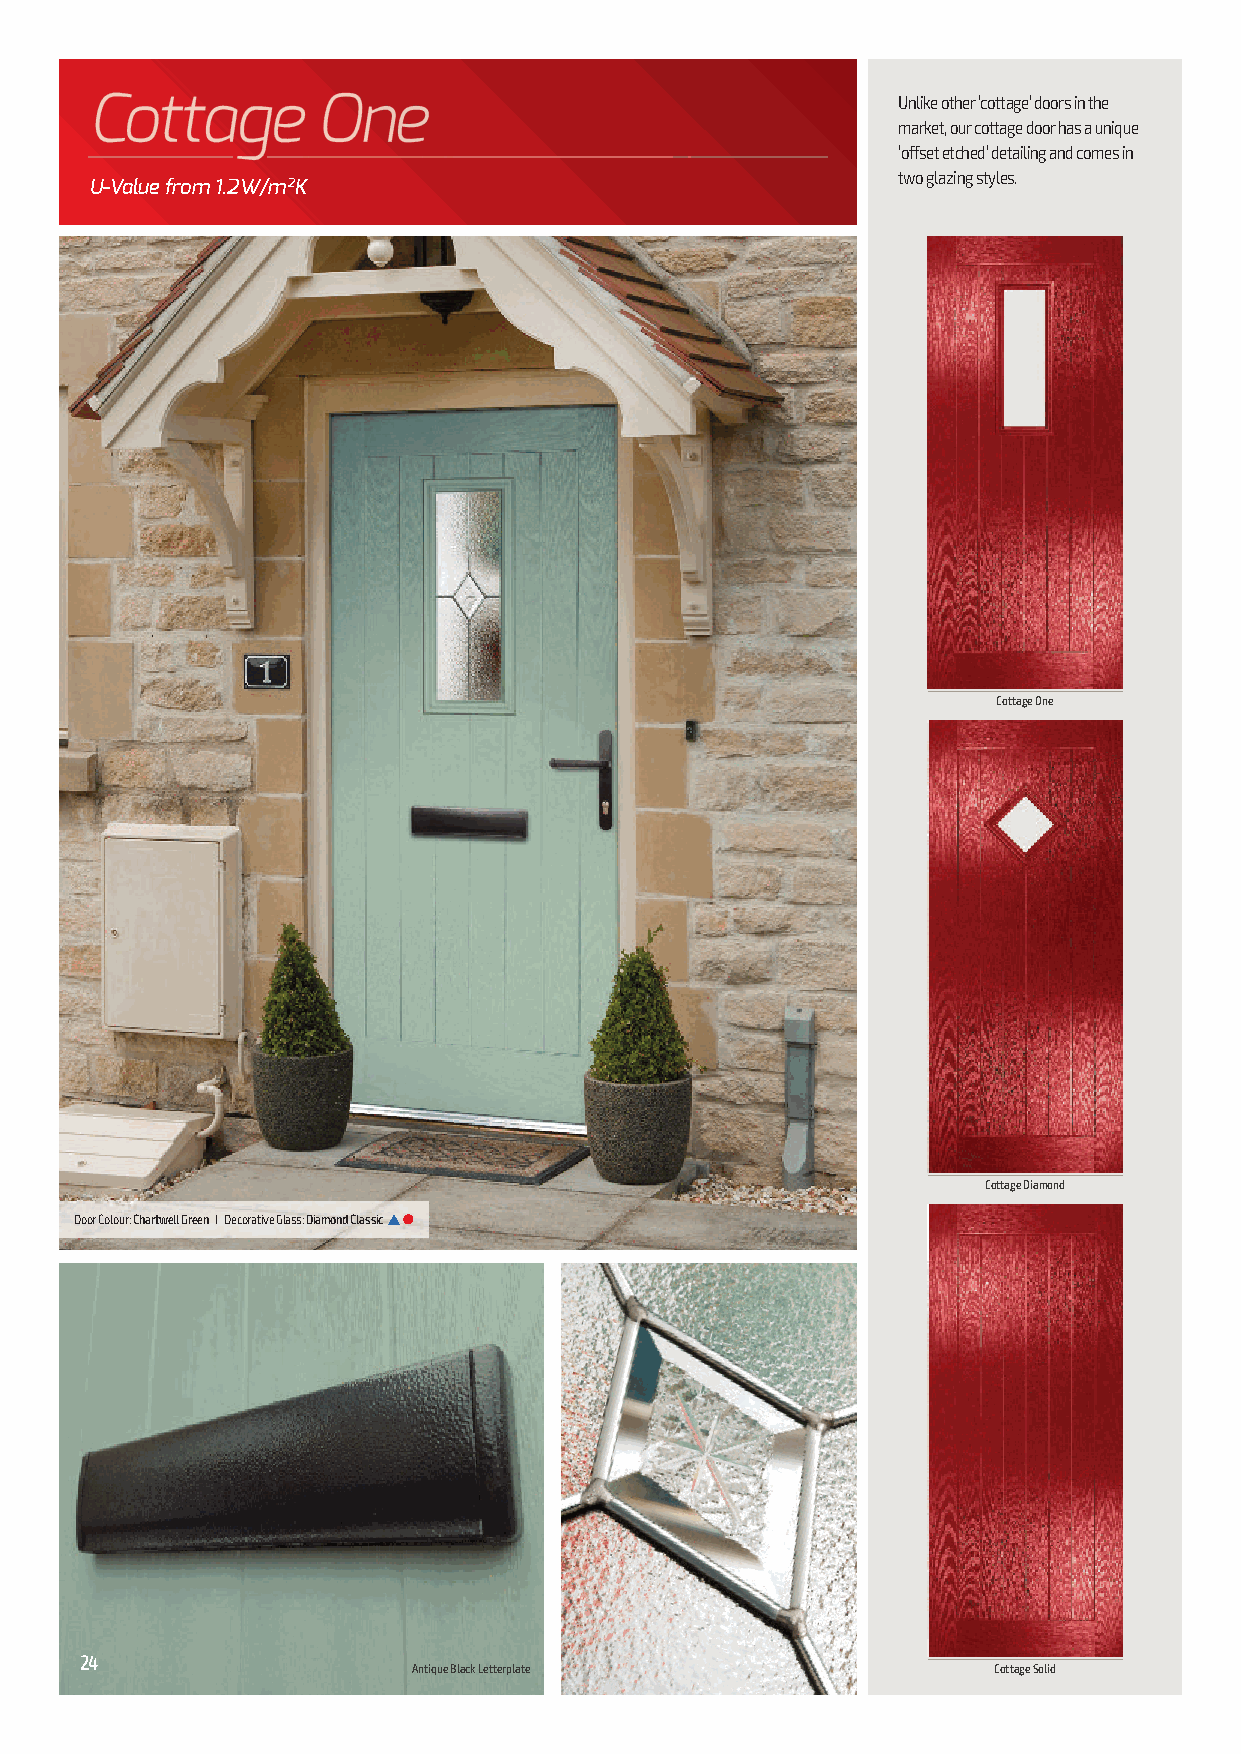
Unlike other ‘cottage’ doors in the
 market, our cottage door has a unique
 ‘offset etched’ detailing and comes in
 two glazing styles.
 U-Value from 1.2W/m2K
 Cottage One
 Cottage Diamond
 Door Colour: Chartwell Green I Decorative Glass: Diamond Classics l
 24
 Antique Black Letterplate              Cottage Solid